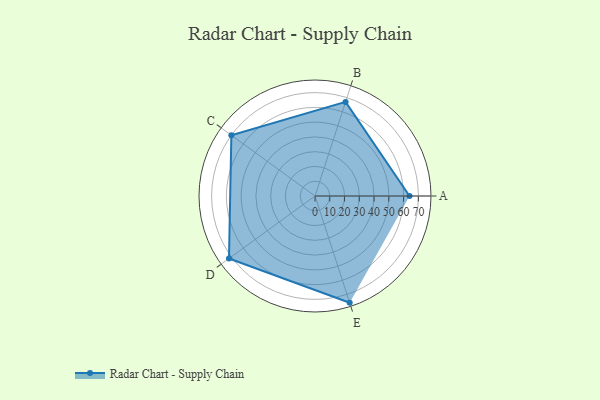
{"axis": {"x": "Skill", "y": "Score"}, "legend": ["Profile"], "data": [{"x": "A", "y": 64.0, "type": "Profile"}, {"x": "B", "y": 67.0, "type": "Profile"}, {"x": "C", "y": 70.0, "type": "Profile"}, {"x": "D", "y": 72.0, "type": "Profile"}, {"x": "E", "y": 76.0, "type": "Profile"}]}